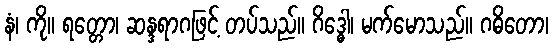
နံ၊ ကို။ ရတ္တော၊ ဆန္ဒရာဂဖြင့် တပ်သည်။ ဂိဒ္ဓေါ၊ မက်မောသည်။ ဂဓိတော၊